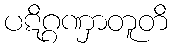
ပဋိဂ္ဂဏှာတူတိ